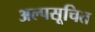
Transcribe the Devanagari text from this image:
अल्पसूचित